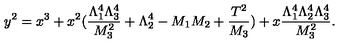
y ^ { 2 } = x ^ { 3 } + x ^ { 2 } ( \frac { \Lambda _ { 1 } ^ { 4 } \Lambda _ { 3 } ^ { 4 } } { M _ { 3 } ^ { 2 } } + \Lambda _ { 2 } ^ { 4 } - M _ { 1 } M _ { 2 } + \frac { T ^ { 2 } } { M _ { 3 } } ) + x \frac { \Lambda _ { 1 } ^ { 4 } \Lambda _ { 2 } ^ { 4 } \Lambda _ { 3 } ^ { 4 } } { M _ { 3 } ^ { 2 } } . \nonumber